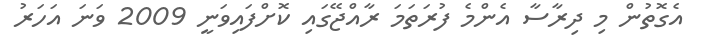
އެގޮތުން މި ދިރާސާ އެންމެ ފުރަތަމަ ރާއްޖޭގައި ކޮށްފައިވަނީ 2009 ވަނަ އަހަރު